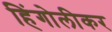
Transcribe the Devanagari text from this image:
हिंगोलीकर